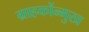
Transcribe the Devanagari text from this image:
ग्राहकोंन्‍मुख